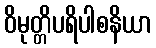
ဝိမုတ္တိပရိပါစနိယာ